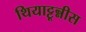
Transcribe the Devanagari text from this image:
थियाट्टून्नीस